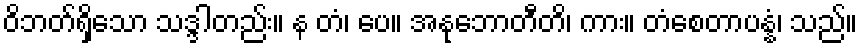
ဝိဘတ်ရှိသော သဒ္ဒါတည်း။ န တံ၊ ပေ။ အနုဘောတီတိ၊ ကား။ တံစေတာပန္နံ၊ သည်။